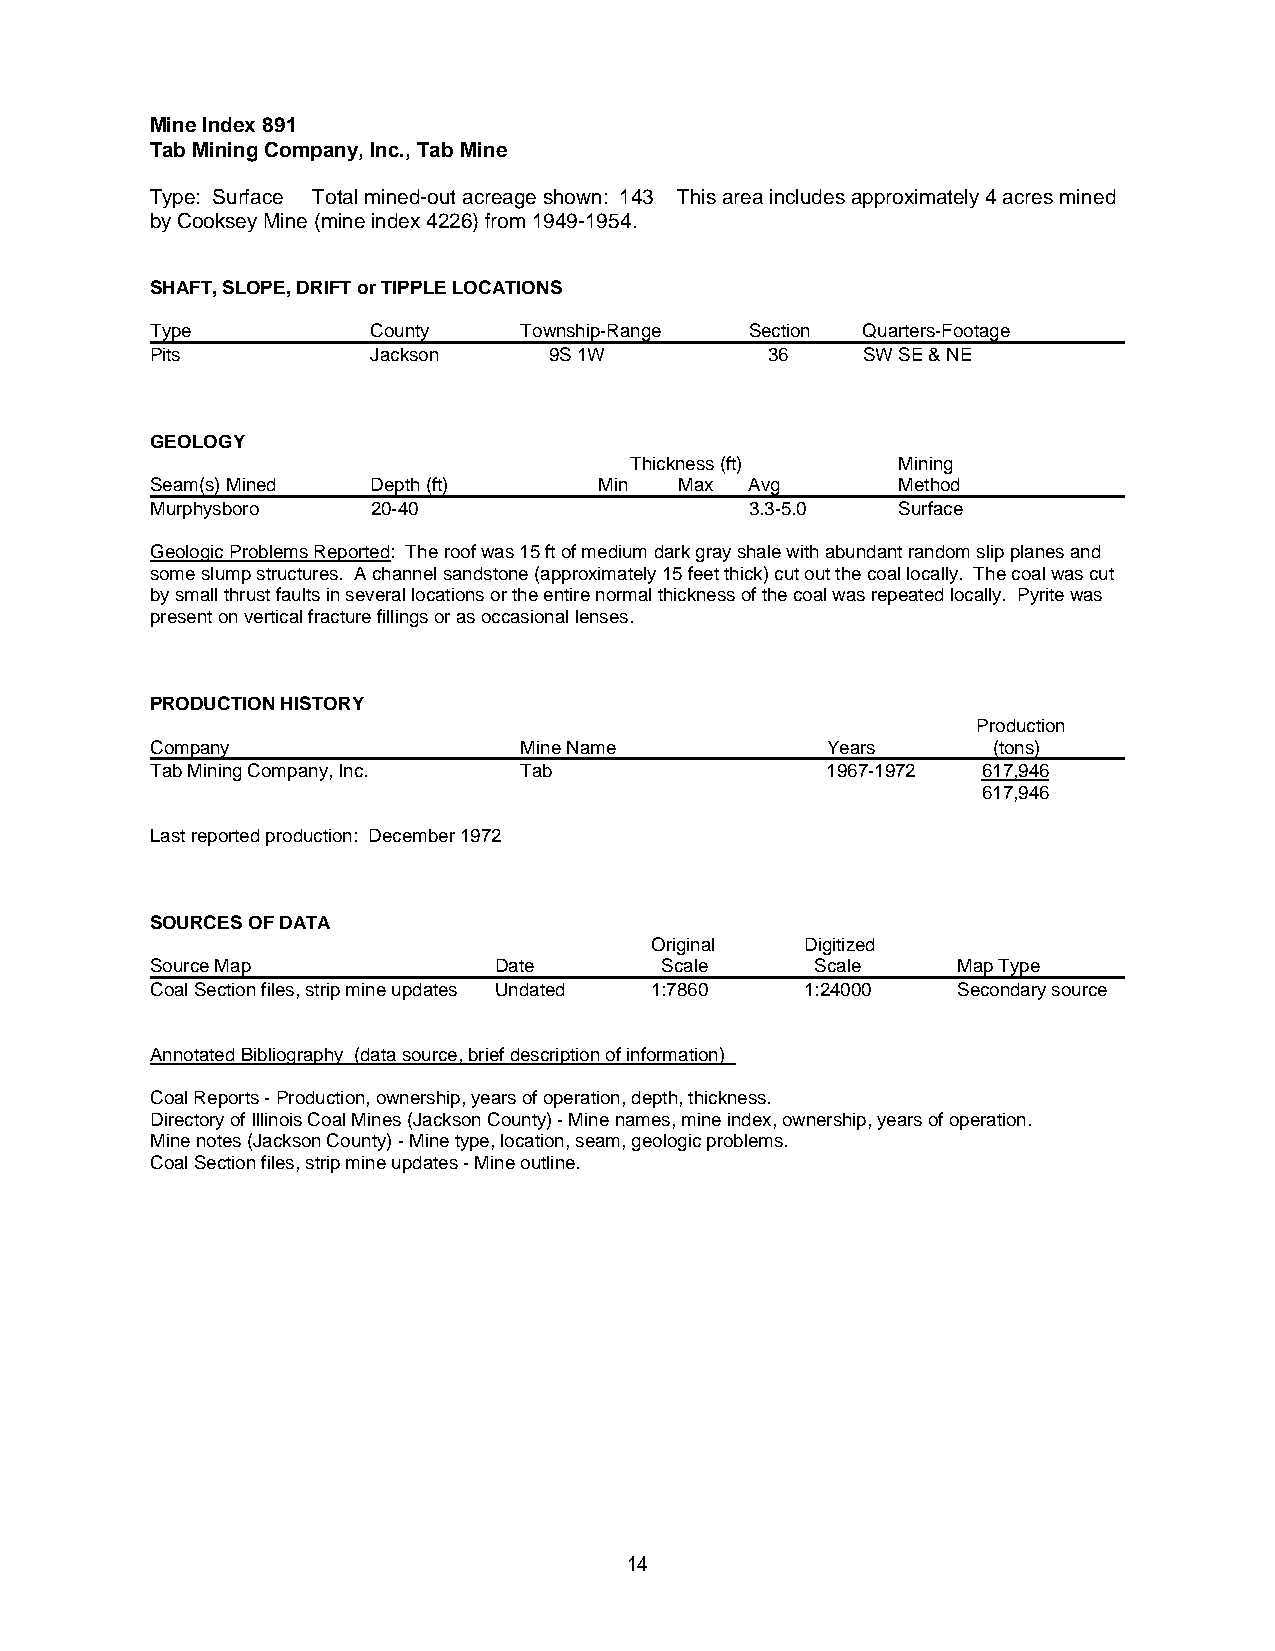
Mine Index 891
 Tab Mining Company, Inc., Tab Mine
 Type: Surface Total mined-out acreage shown: 143 This area includes approximately 4 acres mined
 by Cooksey Mine (mine index 4226) from 1949-1954.
 SHAFT, SLOPE, DRIFT or TIPPLE LOCATIONS
 Type           County   Township-Range  Section Quarters-Footage
 Pits           Jackson    9S 1W          36    SW SE & NE
 GEOLOGY
 Thickness (ft)   Mining
 Seam(s) Mined  Depth (ft)     Min  Max  Avg      Method
 Murphysboro    20-40                    3.3-5.0  Surface
 Geologic Problems Reported: The roof was 15 ft of medium dark gray shale with abundant random slip planes and
 some slump structures. A channel sandstone (approximately 15 feet thick) cut out the coal locally. The coal was cut
 by small thrust faults in several locations or the entire normal thickness of the coal was repeated locally. Pyrite was
 present on vertical fracture fillings or as occasional lenses.
 PRODUCTION HISTORY
 Production
 Company                 Mine Name            Years      (tons)
 Tab Mining Company, Inc. Tab                 1967-1972 617,946
 617,946
 Last reported production: December 1972
 SOURCES OF DATA
 Original  Digitized
 Source Map             Date       Scale     Scale    Map Type
 Coal Section files, strip mine updates Undated 1:7860 1:24000 Secondary source
 Annotated Bibliography (data source, brief description of information)
 Coal Reports - Production, ownership, years of operation, depth, thickness.
 Directory of Illinois Coal Mines (Jackson County) - Mine names, mine index, ownership, years of operation.
 Mine notes (Jackson County) - Mine type, location, seam, geologic problems.
 Coal Section files, strip mine updates - Mine outline.
 14